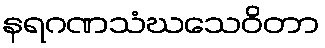
နရဂဏသံဃသေဝိတာ